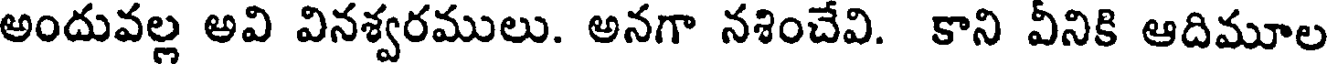
అందువల్ల అవి వినశ్వరములు. అనగా నశించేవి. కాని వీనికి ఆదిమూల